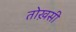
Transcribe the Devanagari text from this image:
तोख़सी